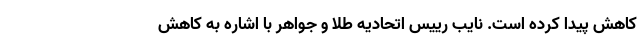
کاهش پیدا کرده است. نایب رییس اتحادیه طلا و جواهر با اشاره به کاهش